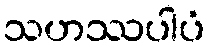
သဟဿပါပံ